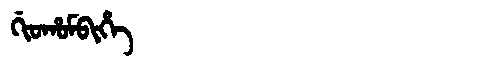
Manchu: ᡤᡳᠣᡥᠣᠮᠪᡳᡥᡝ
Romanization: GIOHOMBIHE